Note on the mental hospitals in Burma - 1925-1940
Year: 1925
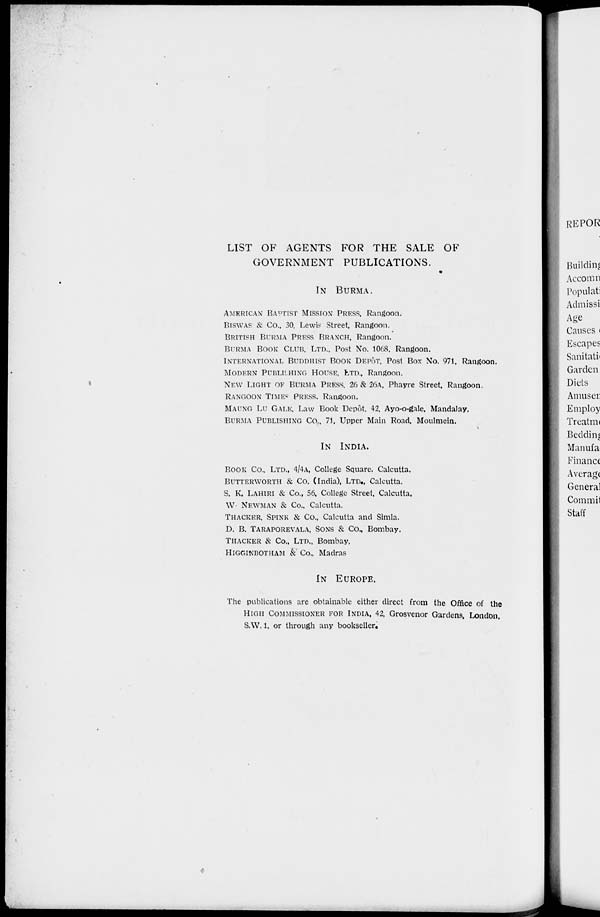
LIST OF AGENTS FOR THE SALE OF
GOVERNMENT PUBLICATIONS.
IN BURMA.
AMERICAN BAPTIST MISSION PRESS, Rangoon.
BISWAS & Co., 30, Lewis Street, Rangoon.
BRITISH BURMA PRESS BRANCH, Rangoon.
BURMA BOOK CLUB, LTD., Post No. 1068. Rangoon.
INTERNATIONAL BUDDHIST BOOK DEPÔT, Post Box No. 971, Rangoon.
MODERN PUBLISHING HOUSE, LTD., Rangoon.
NEW LIGHT OF BURMA PRESS, 26 & 26A, Phayre Street, Rangoon.
RANGOON TIMES PRESS, Rangoon.
MAUNG LU GALE, Law Book Depôt. 42, Ayo-o-gale, Mandalay.
BURMA PUBLISHING CO., 71, Upper Main Road, Moulmein.
IN INDIA.
BOOK CO., LTD., 4/4A, College Square. Calcutta,
BUTTERWORTH & Co. (India), LTD., Calcutta.
S. K. LAHIRI & Co., 56. College Street, Calcutta.
W. NEWMAN & Co., Calcutta.
THACKER, SPINK & Co., Calcutta and Simla.
D. B. TARAPOREVALA, SONS & Co., Bombay.
THACKER & Co., LTD., Bombay.
HIGGINBOTHAM & Co., Madras
IN EUROPE.
The publications are obtainable either direct from the Office of the
HIGH COMMISSIONER FOR INDIA, 42, Grosvenor Gardens, London,
S.W. 1, or through any bookseller.